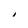
Character: 1